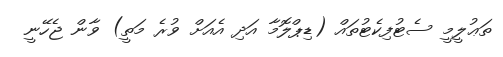
ތަޢުލީމީ ސެޓުފިކެޓުތައް (ޑިޕްލޮމާ އަދި އެއަށް ވުރެ މަތީ) ވާން ޖެހޭނީ